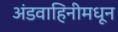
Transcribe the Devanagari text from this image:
अंडवाहिनीमधून